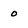
Character: 0